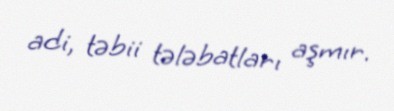
adi, təbii tələbatları aşmır.